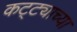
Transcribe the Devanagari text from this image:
कट्ट्याच्या